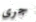
جرى